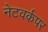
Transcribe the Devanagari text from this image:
नेटवर्कपर